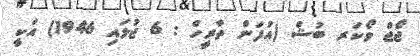
ޖޯޖް ވޯކަރ ބުޝް (އުފަން ތާރީހް : 6 ޖުލައި 1946) އަކީ